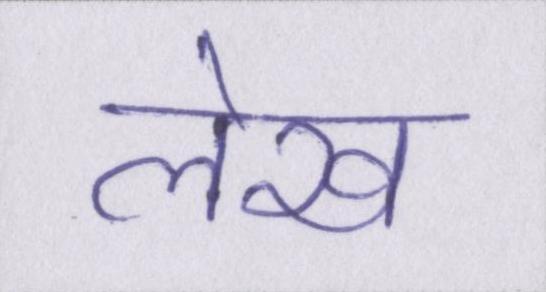
लेख